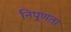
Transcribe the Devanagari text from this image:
निपूणता